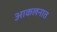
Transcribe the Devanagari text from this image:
आकलनात